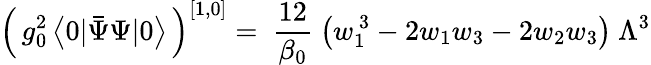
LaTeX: \Big(\, g_{0}^{2}\, \big<0|\bar{\Psi}\Psi|0\big>\, \Big)^{[1,0]}=\ \frac{12}{\beta_{0}}\ \big(w_{1}^{\, 3}-2w_{1}w_{3}-2w_{2}w_{3}\big)\ \Lambda^{3}